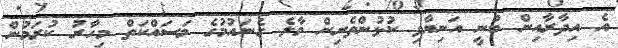
އެ އިދާރާއިން ބުނީ އަނިޔާވި ކުޅުންތެރިން މާލެ ގެނައުމުގެ މަސައްކަތް މިހާރު ކުރަމުން